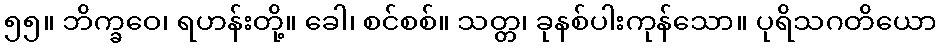
၅၅။ ဘိက္ခဝေ၊ ရဟန်းတို့။ ခေါ၊ စင်စစ်။ သတ္တ၊ ခုနစ်ပါးကုန်သော။ ပုရိသဂတိယော